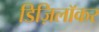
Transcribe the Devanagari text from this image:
डिज़िलॉकर